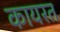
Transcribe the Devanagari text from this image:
कायरत